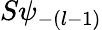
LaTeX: S\psi_{-(l-1)}